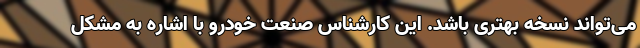
می‌تواند نسخه بهتری باشد. این کارشناس صنعت خودرو با اشاره به مشکل